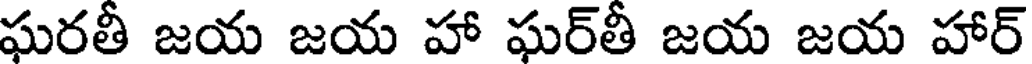
ఘరతీ జయ జయ హా ఘర్తీ జయ జయ హార్